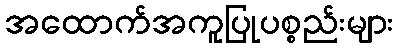
အထောက်အကူပြုပစ္စည်းများ